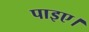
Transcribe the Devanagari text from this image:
पाइए।